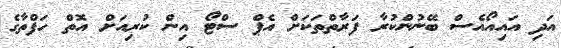
އަދި އައިއޯއެސް ބޭނުންކުރާ ފަރާތްތަކަށް އެޕް ސްޓޯ އިން ކުރިއަށް އޮތް ހަފްތާގެ